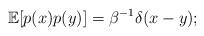
LaTeX: \begin{align*} \mathbb{E}[p(x)p(y)] = \beta^{-1} \delta(x-y); \end{align*}